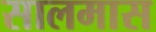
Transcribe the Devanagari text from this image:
सालमास